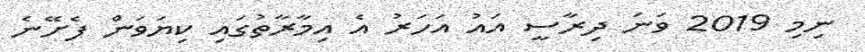
ނިމި 2019 ވަނަ ދިރާސީ އައު އަހަރު އެ އިމާރާތުގައި ކިޔަވަން ފެށޭނެ